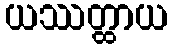
ယဿတ္ထာယ